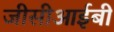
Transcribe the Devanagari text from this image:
जीसीआईबी